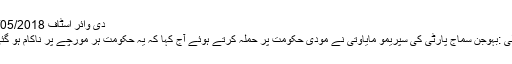
دی وائر اسٹاف 26/05/2018 •
نئی دہلی :بہوجن سماج پارٹی کی سپریمو مایاوتی نے مودی حکومت پر حملہ کرتے ہوئے آج کہا کہ یہ حکومت ہر مورچے پر ناکام ہو گئی ہے۔